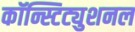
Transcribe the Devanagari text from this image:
कॉन्स्टिट्युशनल